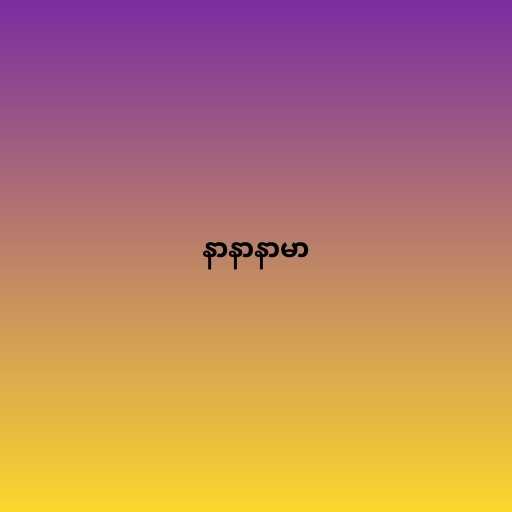
နာနာနာမာ